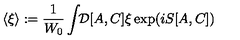
\langle \xi \rangle : = { \frac { 1 } { W _ { 0 } } } \int \! \! { \cal D } [ A , C ] \xi \exp ( i S [ A , C ] )